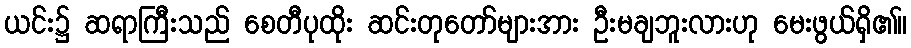
ယင်း၌ ဆရာကြီးသည် စေတီပုထိုး ဆင်းတုတော်များအား ဦးမချဘူးလားဟု မေးဖွယ်ရှိ၏။